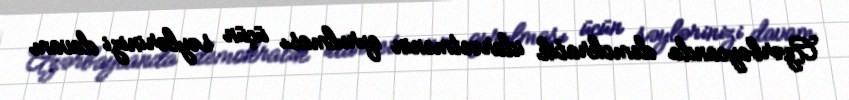
Azərbaycanda demokratik idarəetmenin qurulması üçün səylərinizi davam